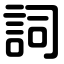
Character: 詞